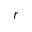
\boldsymbol { r }